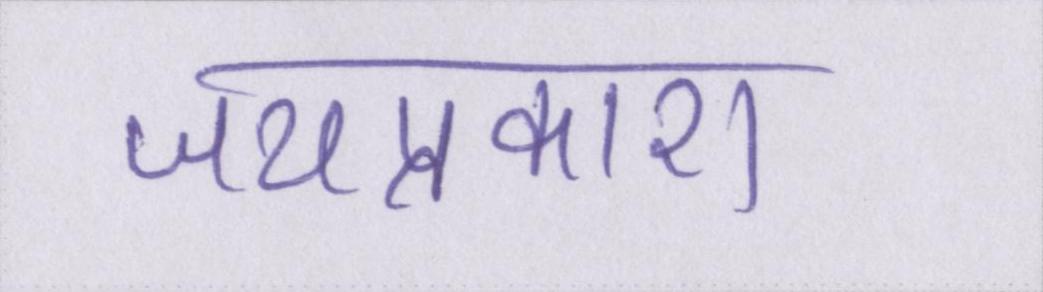
जयप्रकाश